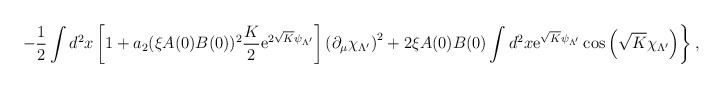
\begin{align*}\left.-\frac12\int d^2x\left[1+a_2(\xi A(0)B(0))^2\frac{K}{2}{\rm e}^{2\sqrt{K}\psi_{\Lambda'}}\right]\left(\partial_\mu\chi_{\Lambda'}\right)^2+2\xi A(0)B(0)\int d^2x{\rm e}^{\sqrt{K}\psi_{\Lambda'}}\cos\left(\sqrt{K}\chi_{\Lambda'}\right)\right\},\end{align*}